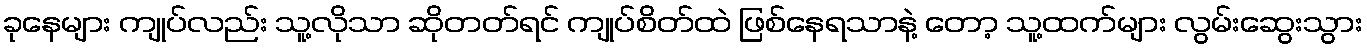
ခုနေများ ကျုပ်လည်း သူ့လိုသာ ဆိုတတ်ရင် ကျုပ်စိတ်ထဲ ဖြစ်နေရသာနဲ့ တော့ သူ့ထက်များ လွမ်းဆွေးသွား